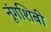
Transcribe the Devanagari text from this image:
नूंगशिबी